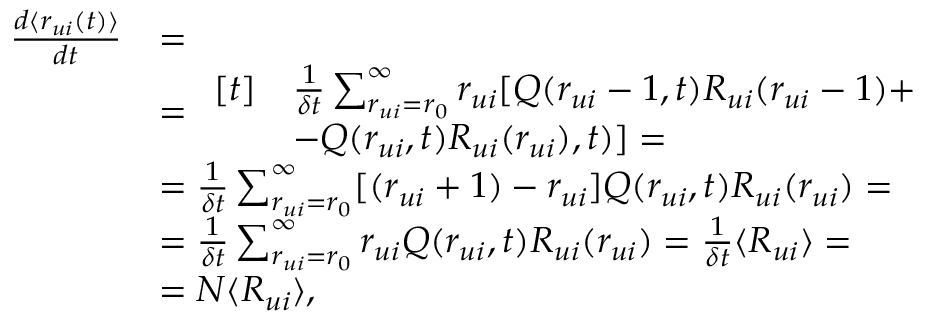
\begin{array} { r l } { \frac { d \langle r _ { u i } ( t ) \rangle } { d t } } & { = } \\ & { = \begin{array} { r l } { [ t ] } & { \frac { 1 } { \delta t } \sum _ { r _ { u i } = r _ { 0 } } ^ { \infty } r _ { u i } [ Q ( r _ { u i } - 1 , t ) R _ { u i } ( r _ { u i } - 1 ) + } \\ & { - Q ( r _ { u i } , t ) R _ { u i } ( r _ { u i } ) , t ) ] = } \end{array} } \\ & { = \frac { 1 } { \delta t } \sum _ { r _ { u i } = r _ { 0 } } ^ { \infty } [ ( r _ { u i } + 1 ) - r _ { u i } ] Q ( r _ { u i } , t ) R _ { u i } ( r _ { u i } ) = } \\ & { = \frac { 1 } { \delta t } \sum _ { r _ { u i } = r _ { 0 } } ^ { \infty } r _ { u i } Q ( r _ { u i } , t ) R _ { u i } ( r _ { u i } ) = \frac { 1 } { \delta t } \langle R _ { u i } \rangle = } \\ & { = N \langle R _ { u i } \rangle , } \end{array}